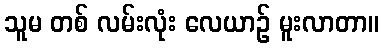
သူမ တစ် လမ်းလုံး လေယာဉ် မူးလာတာ။